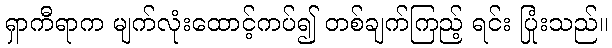
ရှာကီရာက မျက်လုံးထောင့်ကပ်၍ တစ်ချက်ကြည့် ရင်း ပြုံးသည်။